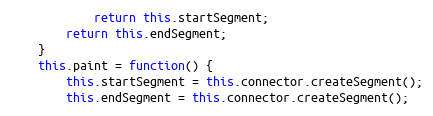
Language: JavaScript
			return this.startSegment;
		return this.endSegment;
	}
	this.paint = function() {
		this.startSegment = this.connector.createSegment();
		this.endSegment = this.connector.createSegment();